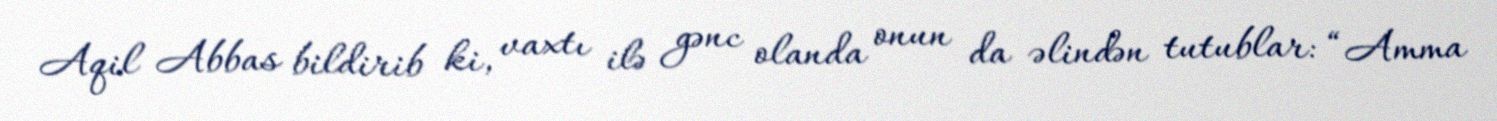
Aqil Abbas bildirib ki, vaxtı ilə gənc olanda onun da əlindən tutublar: “Amma